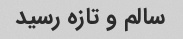
سالم و تازه رسید